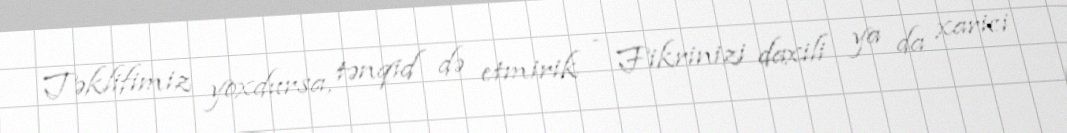
Təklifimiz yoxdursa, tənqid də etmirik - Fikrinizi daxili ya da xarici